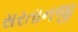
સરતાનજી